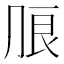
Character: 𰰔